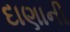
દાણાની